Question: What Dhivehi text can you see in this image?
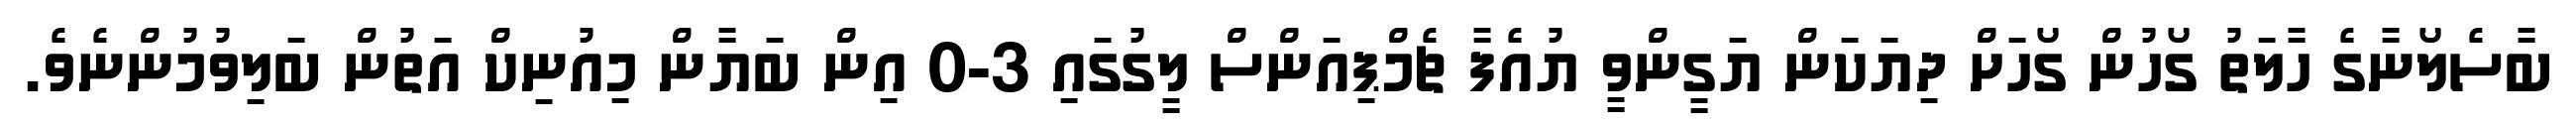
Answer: ބާސެލޯނާގެ ހާލަތު ގޯހުން ގޯހަށް ދިޔަކަން ޔަގީންވީ ޔުއެފާ ޗެމްޕިއަންސް ލީގުގައި 3-0 އިން ބަޔާން މިއުނިކް އަތުން ބަލިވުމުންނެވެ.